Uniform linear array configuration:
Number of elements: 24
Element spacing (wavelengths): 0.75
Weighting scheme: blackman
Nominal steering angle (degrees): -15
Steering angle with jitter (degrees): -13.265
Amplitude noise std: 0.05
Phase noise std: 0.05

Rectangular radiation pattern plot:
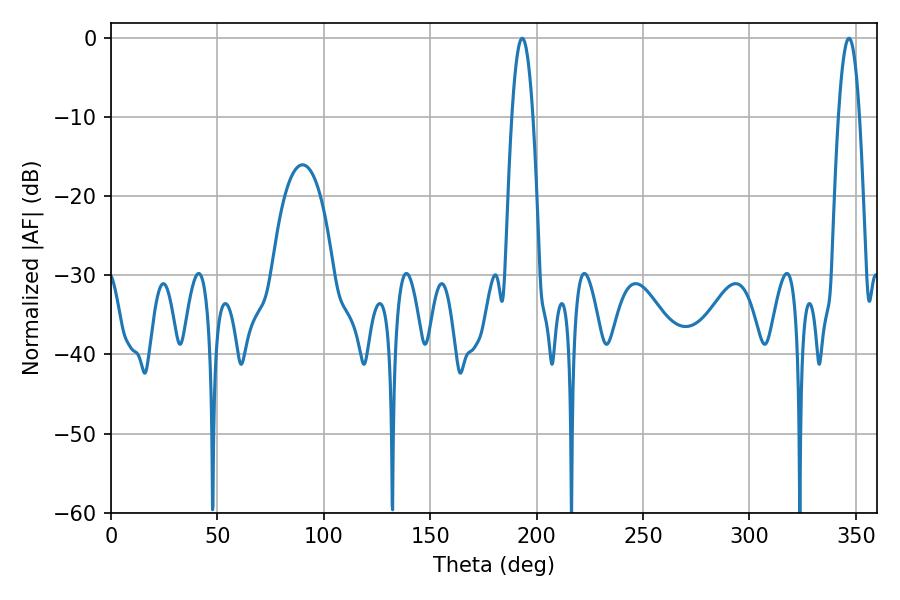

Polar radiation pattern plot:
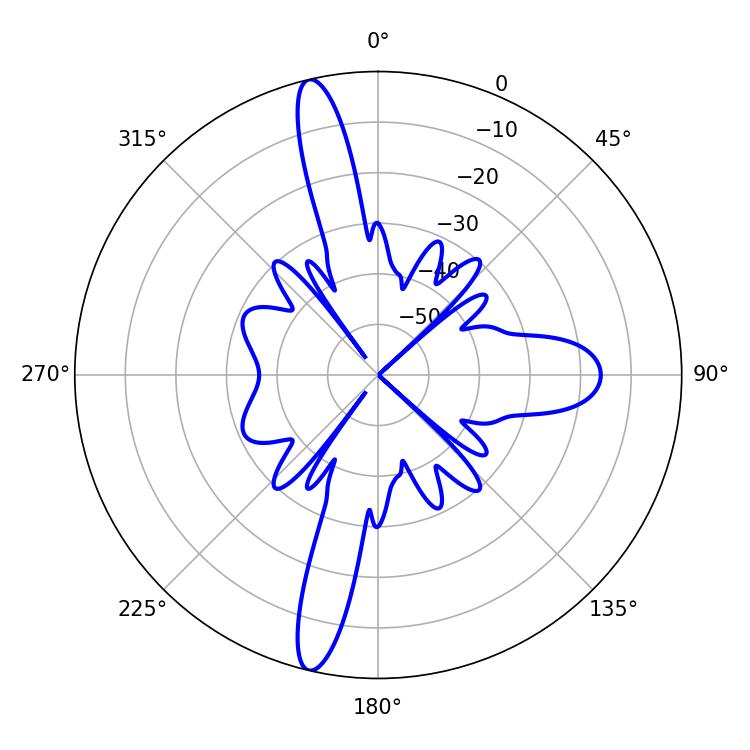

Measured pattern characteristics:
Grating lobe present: TRUE
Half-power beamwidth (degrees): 5.4
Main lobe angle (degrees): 193.14